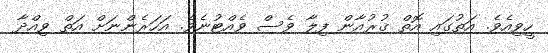
ހީވިއެވެ. އަތުގައި އޮތް ޤުރުއާން ފިލާ ވެސް ވެއްޓުނެވެ. އަހަރެންނަށް އަތް ވިއްދާ